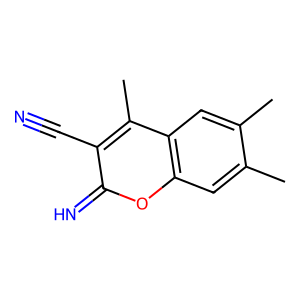
SMILES: Cc1cc2oc(=N)c(C#N)c(C)c2cc1C
Inhibits HIV replication: No